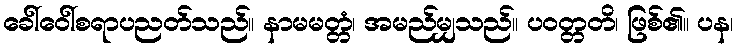
ခေါ်ဝေါ်စရာပညတ်သည်။ နာမမတ္တံ၊ အမည်မျှသည်။ ပဝတ္တတိ၊ ဖြစ်၏။ ပန၊